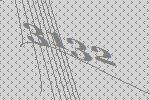
3132